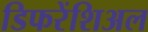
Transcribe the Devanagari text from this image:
डिफरेंशिअल